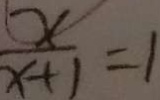
\frac { x } { x + 1 } = 1